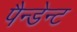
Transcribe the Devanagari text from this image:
पैन्डेन्ट